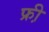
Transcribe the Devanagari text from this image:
फ्री़